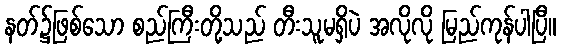
နတ်၌ဖြစ်သော စည်ကြီးတို့သည် တီးသူမရှိပဲ အလိုလို မြည်ကုန်ပါပြီ။